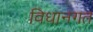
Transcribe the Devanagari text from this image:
विधानगत